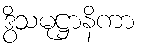
ဒွိသမုဋ္ဌာနိကာ